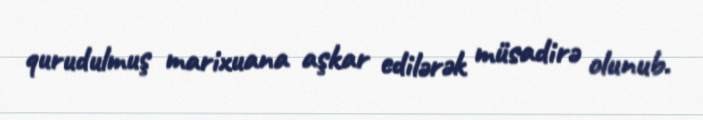
qurudulmuş marixuana aşkar edilərək müsadirə olunub.